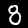
Digit: 8